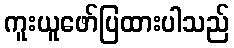
ကူးယူဖော်ပြထားပါသည်